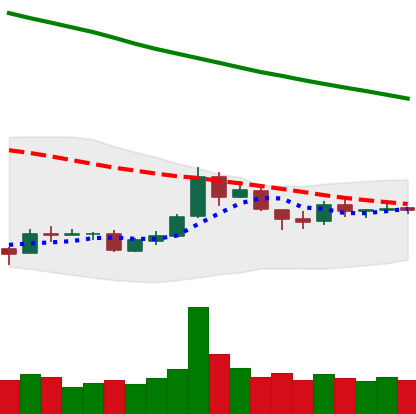
Ticker: TRX-USD
Chart end date: 2018-10-01
Forward return: 7.541%
Label: up_7plus